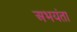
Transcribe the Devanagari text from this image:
अभयंता